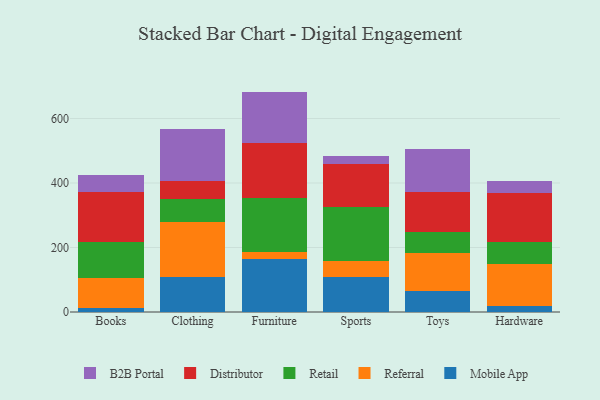
{"axis": {"x": "Category", "y": "Conversion Rate (%)"}, "legend": ["B2B Portal", "Distributor", "Mobile App", "Referral", "Retail"], "data": [{"x": "Books", "y": 13.6, "type": "Mobile App"}, {"x": "Books", "y": 91.9, "type": "Referral"}, {"x": "Books", "y": 110.5, "type": "Retail"}, {"x": "Books", "y": 156.3, "type": "Distributor"}, {"x": "Books", "y": 51.3, "type": "B2B Portal"}, {"x": "Clothing", "y": 109.6, "type": "Mobile App"}, {"x": "Clothing", "y": 170.8, "type": "Referral"}, {"x": "Clothing", "y": 70.1, "type": "Retail"}, {"x": "Clothing", "y": 55.0, "type": "Distributor"}, {"x": "Clothing", "y": 163.0, "type": "B2B Portal"}, {"x": "Furniture", "y": 162.9, "type": "Mobile App"}, {"x": "Furniture", "y": 22.8, "type": "Referral"}, {"x": "Furniture", "y": 168.6, "type": "Retail"}, {"x": "Furniture", "y": 168.9, "type": "Distributor"}, {"x": "Furniture", "y": 160.2, "type": "B2B Portal"}, {"x": "Sports", "y": 109.7, "type": "Mobile App"}, {"x": "Sports", "y": 48.7, "type": "Referral"}, {"x": "Sports", "y": 165.9, "type": "Retail"}, {"x": "Sports", "y": 134.6, "type": "Distributor"}, {"x": "Sports", "y": 25.0, "type": "B2B Portal"}, {"x": "Toys", "y": 63.9, "type": "Mobile App"}, {"x": "Toys", "y": 118.4, "type": "Referral"}, {"x": "Toys", "y": 64.8, "type": "Retail"}, {"x": "Toys", "y": 125.8, "type": "Distributor"}, {"x": "Toys", "y": 133.5, "type": "B2B Portal"}, {"x": "Hardware", "y": 17.8, "type": "Mobile App"}, {"x": "Hardware", "y": 131.6, "type": "Referral"}, {"x": "Hardware", "y": 68.1, "type": "Retail"}, {"x": "Hardware", "y": 152.4, "type": "Distributor"}, {"x": "Hardware", "y": 36.3, "type": "B2B Portal"}]}